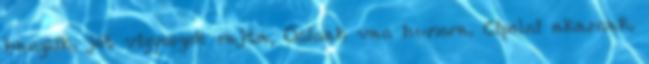
hangzik, jót vigyorgok rajta, Ocinak van humora. Cipelni akarnak.